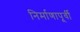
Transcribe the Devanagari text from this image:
निर्माणापूर्वी